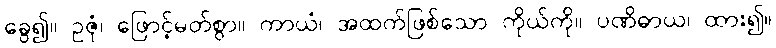
ခွေ၍။ ဥဇုံ၊ ဖြောင့်မတ်စွာ။ ကာယံ၊ အထက်ဖြစ်သော ကိုယ်ကို။ ပဏိဓာယ၊ ထား၍။